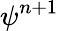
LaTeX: \psi^{n+1}